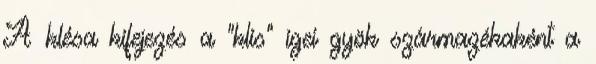
A klésa kifejezés a "klis" igei gyök származékaként a